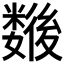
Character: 𢖖